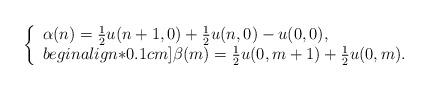
LaTeX: \begin{align*}\left\{\begin{array}{l} \alpha(n) =\frac{1}{2} u(n+1, 0)+\frac{1}{2}u(n, 0)- u(0, 0) , \\begin{align*}0.1cm] \beta(m) = \frac{1}{2}u(0,m+1)+\frac{1}{2}u(0, m).\end{array}\right. \end{align*}